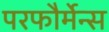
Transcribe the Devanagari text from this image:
परफौर्मेन्स